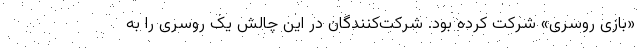
«بازی روسری» شرکت کرده بود. شرکت‌کنندگان در این چالش یک روسری را به